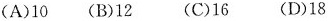
(A)10(B)12(C)16(D)18